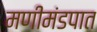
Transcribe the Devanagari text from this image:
मणीमंडपात